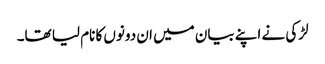
لڑکی نے اپنے بیان میں ان دونوں کا نام لیا تھا۔